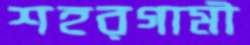
শহরগামী